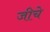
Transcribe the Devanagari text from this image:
जीचे